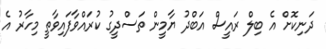
ދަނިކޮށް އެ ބިލް ރައީސް އަބްދު ޔާމީން ތަސްދީގު ކުރައްވާފައިވާތީ މިހާރު އެ